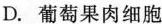
D.葡萄果肉细胞